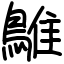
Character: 鵻